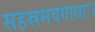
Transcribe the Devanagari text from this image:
सहस्रमवगाधाः।